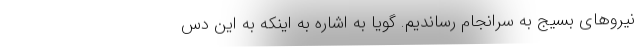
نیروهای بسیج به سرانجام رساندیم. گویا به اشاره به اینکه به این دس